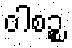
ဝါစဉ္စ